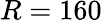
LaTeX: R=160